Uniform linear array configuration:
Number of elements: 64
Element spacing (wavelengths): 0.5
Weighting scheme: uniform
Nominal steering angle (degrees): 0
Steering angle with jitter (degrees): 1.689
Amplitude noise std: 0.05
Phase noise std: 0.05

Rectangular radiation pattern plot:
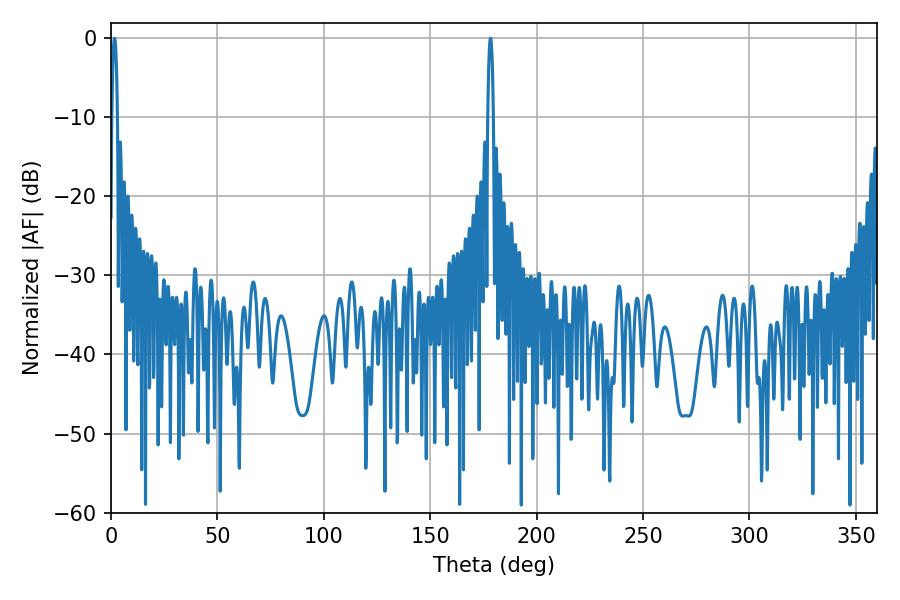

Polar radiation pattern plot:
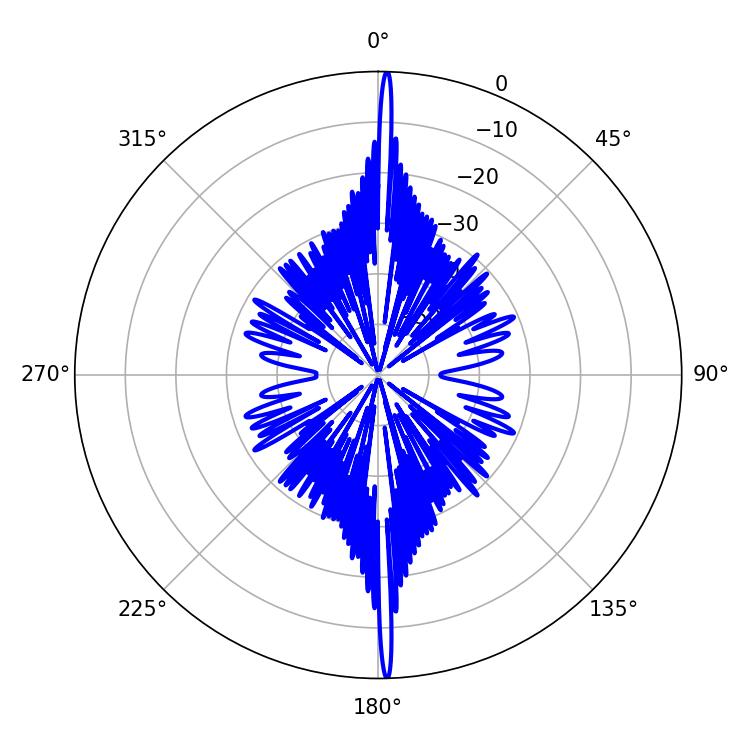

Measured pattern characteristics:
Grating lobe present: FALSE
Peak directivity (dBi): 30.185
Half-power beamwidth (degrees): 1.44
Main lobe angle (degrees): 178.38